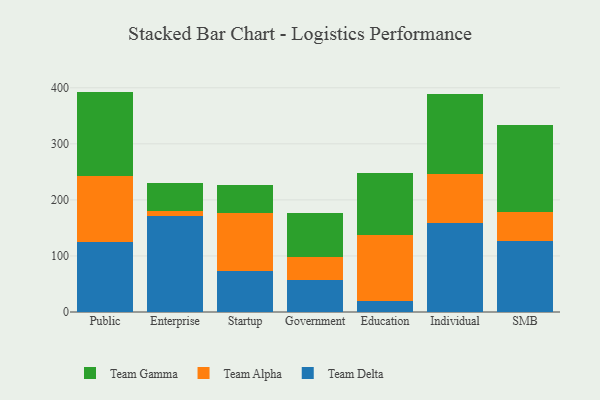
{"axis": {"x": "Segment", "y": "Inventory Turnover"}, "legend": ["Team Alpha", "Team Delta", "Team Gamma"], "data": [{"x": "Public", "y": 125.5, "type": "Team Delta"}, {"x": "Public", "y": 117.1, "type": "Team Alpha"}, {"x": "Public", "y": 150.6, "type": "Team Gamma"}, {"x": "Enterprise", "y": 171.4, "type": "Team Delta"}, {"x": "Enterprise", "y": 9.6, "type": "Team Alpha"}, {"x": "Enterprise", "y": 49.1, "type": "Team Gamma"}, {"x": "Startup", "y": 73.2, "type": "Team Delta"}, {"x": "Startup", "y": 102.6, "type": "Team Alpha"}, {"x": "Startup", "y": 50.2, "type": "Team Gamma"}, {"x": "Government", "y": 56.7, "type": "Team Delta"}, {"x": "Government", "y": 41.1, "type": "Team Alpha"}, {"x": "Government", "y": 78.9, "type": "Team Gamma"}, {"x": "Education", "y": 19.7, "type": "Team Delta"}, {"x": "Education", "y": 118.2, "type": "Team Alpha"}, {"x": "Education", "y": 110.1, "type": "Team Gamma"}, {"x": "Individual", "y": 158.2, "type": "Team Delta"}, {"x": "Individual", "y": 88.0, "type": "Team Alpha"}, {"x": "Individual", "y": 142.2, "type": "Team Gamma"}, {"x": "SMB", "y": 127.3, "type": "Team Delta"}, {"x": "SMB", "y": 50.6, "type": "Team Alpha"}, {"x": "SMB", "y": 155.0, "type": "Team Gamma"}]}